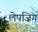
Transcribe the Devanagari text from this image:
लेपज़िग